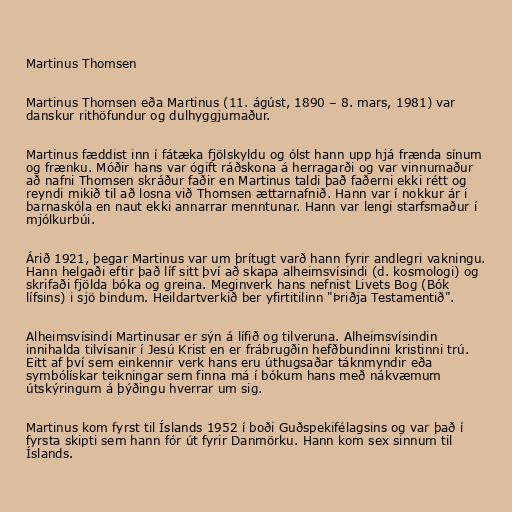
Martinus Thomsen

Martinus Thomsen eða Martinus (11. ágúst, 1890 – 8. mars, 1981) var
danskur rithöfundur og dulhyggjumaður.

Martinus fæddist inn í fátæka fjölskyldu og ólst hann upp hjá frænda sínum
og frænku. Móðir hans var ógift ráðskona á herragarði og var vinnumaður
að nafni Thomsen skráður faðir en Martinus taldi það faðerni ekki rétt og
reyndi mikið til að losna við Thomsen ættarnafnið. Hann var í nokkur ár í
barnaskóla en naut ekki annarrar menntunar. Hann var lengi starfsmaður í
mjólkurbúi.

Árið 1921, þegar Martinus var um þrítugt varð hann fyrir andlegri vakningu.
Hann helgaði eftir það líf sitt því að skapa alheimsvísindi (d. kosmologi) og
skrifaði fjölda bóka og greina. Meginverk hans nefnist Livets Bog (Bók
lífsins) i sjö bindum. Heildartverkið ber yfirtitilinn "Þriðja Testamentið".

Alheimsvísindi Martinusar er sýn á lífið og tilveruna. Alheimsvísindin
innihalda tilvísanir í Jesú Krist en er frábrugðin hefðbundinni kristinni trú.
Eitt af því sem einkennir verk hans eru úthugsaðar táknmyndir eða
symbólískar teikningar sem finna má í bókum hans með nákvæmum
útskýringum á þýðingu hverrar um sig.

Martinus kom fyrst til Íslands 1952 í boði Guðspekifélagsins og var það í
fyrsta skipti sem hann fór út fyrir Danmörku. Hann kom sex sinnum til
Íslands.